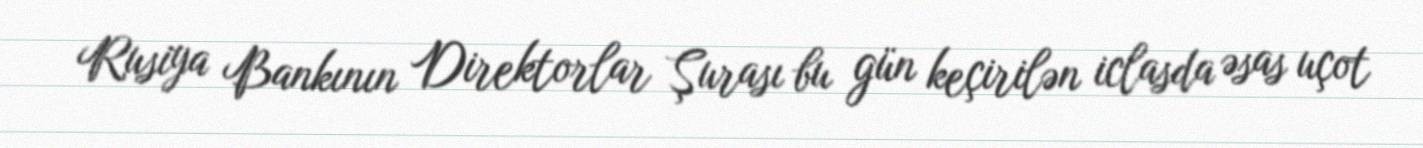
Rusiya Bankının Direktorlar Şurası bu gün keçirilən iclasda əsas uçot